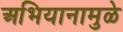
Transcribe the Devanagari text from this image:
अभियानामुळे